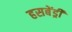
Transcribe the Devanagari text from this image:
हसबेंड्री